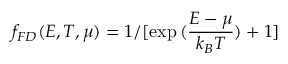
f _ { F D } ( E , T , \mu ) = 1 / [ \exp { ( \frac { E - \mu } { k _ { B } T } ) } + 1 ]